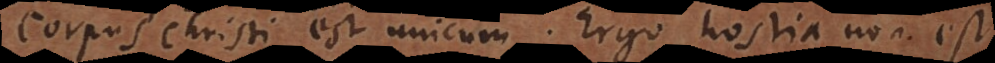
Corpus Christi est unicum. Ergo hostia non est